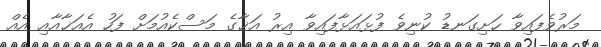
މަރުވެފައިވާ ހަށިގަނޑު ކުނިވެ ފުޅައަޅާފައިވާ އިރު އަޚާގެ މަސްކެއުމަށް ފަހު އެއަޚާއާއި އެއް